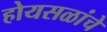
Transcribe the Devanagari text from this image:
होयसळांचे